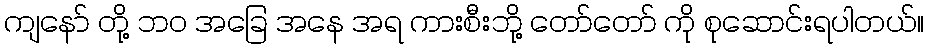
ကျနော် တို့ ဘ၀ အခြေ အနေ အရ ကားစီးဘို့ တော်တော် ကို စုဆောင်းရပါတယ်။